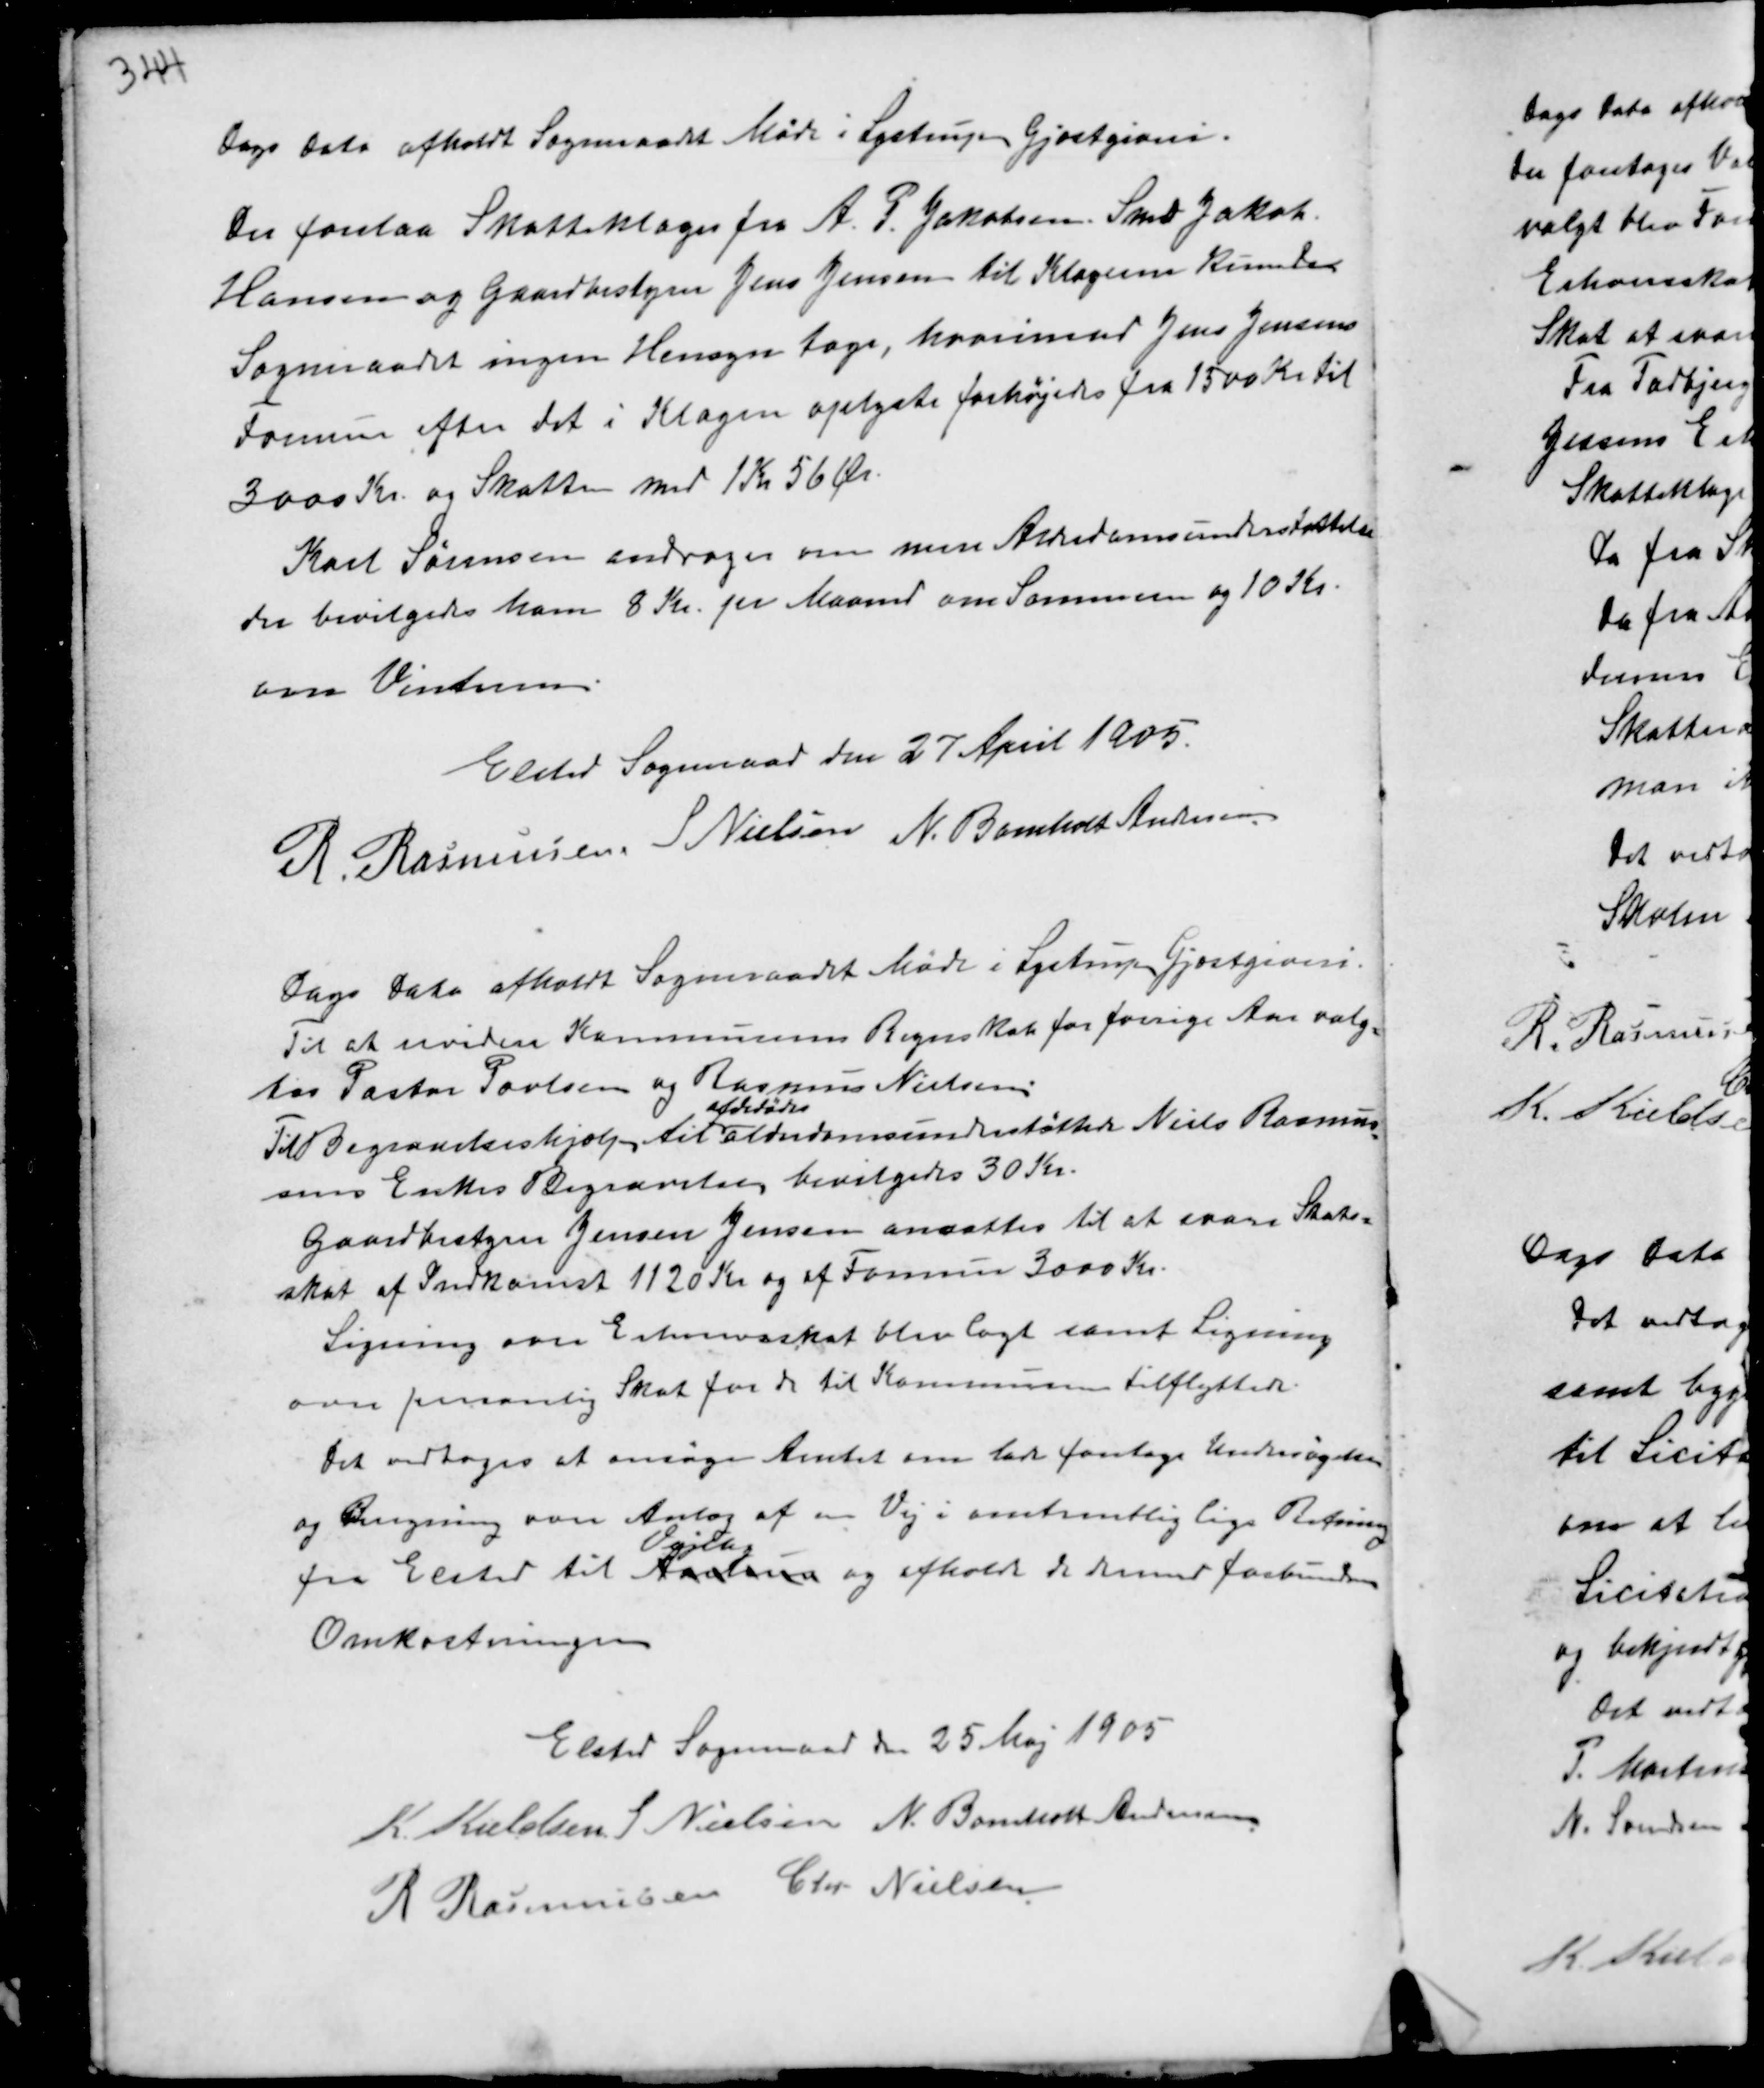
Transskription:
Dags Dato afholdt Sogneraadet Møde i Lystrup Gjæstgiveri.
Der forelaa Skatteklager fra A.P. Jakobsen, Smed Jakob
Hansen og Gaardbestyrer Jens Jensen til Klagerne kunde
Sogneraadet ingen Hensyn tage, hvorimod Jens Jensens
Formue efter det i Klagen oplyste forhøjedes fra 1500 Kr til
3000 Kr. og Skatten med 1 Kr 56 Ør.
Karl Sørensen andrager om mere Alderdomsunderstøttelse
der bevilgedes ham 8 Kr. pr Maaned om Sommeren og 10 Kr.
om Vinteren.

Elsted Sogneraad den 27 April 1905.
R. Rasmussen S Nielsen N. Bomholt Andersen

Dags Dato afholdt Sogneraadet Møde i Lystrup Gjæstgiveri.
Til at revidere Kommunens Regnskab for forrige Aar valg-
tes Pastor Povlsen og Rasmus Nielsen.
Til Begravelseshjælp til
afdødes
Alderdomsunderstøttede Niels Rasmus-
sens Enkes Begravelse bevilgedes 30 Kr.
Gaardbestyrer Jensen Jensen ansattes til at svare Stats-
skat af Indkomst 1120 Kr og af Formue 3000 Kr.
Ligning over Erhvervsskat blev lagt samt Ligning
over personlig Skat for de til Kommunen tilflyttede.
Det vedtoges at ansøge Amtet om lade foretage Undersøgelse
og Bengning over Anlæg af en Vej i omtrentlig lige Retning
fra Elsted til Aarhus
Vejlby
og afholde de dermed forbundne
Omkostninger

Elsted Sogneraad den 25 Maj 1905
K. Kieldsen S Nielsen N. Bomholt Andersen
R Rasmussen Chr Nielsen